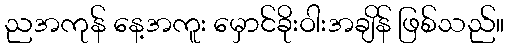
ညအကုန် နေ့အကူး မှောင်ခိုးဝါးအချိန် ဖြစ်သည်။